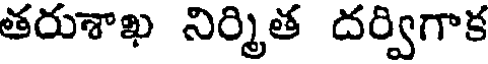
తరుశాఖ నిర్మిత దర్విగాక